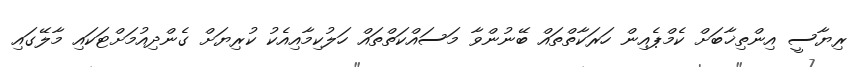
ރިޔާސީ އިންތިޚާބަށް ކެމްޕެއިން ހަރަކާތްތައް ބޭނުންވާ މަސައްކަތްތައް ހަލުކިމާއިއެކު ކުރިޔަށް ގެންދިއުމަށްޓަކައި މާލޭގައި